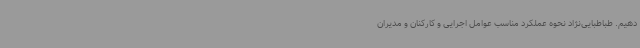
دهیم. طباطبایی‌نژاد نحوه عملکرد مناسب عوامل اجرایی و کارکنان و مدیران